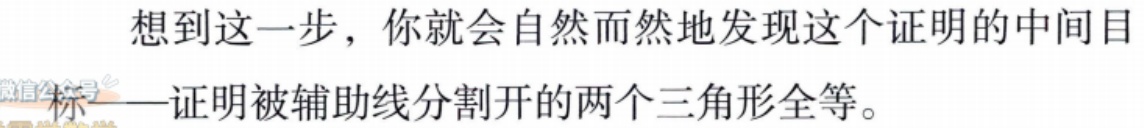
想到这一步，你就会自然而然地发现这个证明的中间目标——证明被辅助线分割开的两个三角形全等。